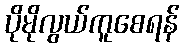
ပိုမိုလွယ်ကူစေရန်